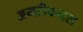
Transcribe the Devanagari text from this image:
अमरीकनस